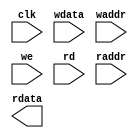
module fetch_ram_2p_128x64 ( 
    					clk     ,
    					wdata   ,
    					waddr   ,
    					we      ,
    					rd      ,
    					raddr   ,
    					rdata    
);
// *****************************************************
//                                                      
//    INPUT / OUTPUT DECLARATION                        
//                                                      
// *****************************************************
input               clk      ;  
input  [127:0]		wdata    ;  
input  [5:0]    	waddr    ;  
input   			we       ;  
input    			rd       ;  
input  [5:0]  		raddr    ;  
output [127:0]   	rdata    ; 

// *****************************************************
//                                                      
//    LOGIC   DECLARATION                        
//                                                      
// *****************************************************
`ifdef RTL_MODEL
rf_2p #(.Addr_Width(6), .Word_Width(128))	
	   rf_2p_128x64 (
				.clka    ( clk      ),  
				.cena_i  ( ~rd      ),
		        .addra_i ( raddr    ),
		        .dataa_o ( rdata    ),
				.clkb    ( clk      ),     
				.cenb_i  ( ~we      ),  
				.wenb_i  ( ~we      ),   
				.addrb_i ( waddr    ),
				.datab_i ( wdata    )
);
`endif 

`ifdef FPGA_MODEL
ram_2p_128x64 u_ram_2p_128x64(
	      .clock     ( clk_i  )       ,
	      .wraddress ( wraddr )       ,
	      .wren      ( wren   )       ,  //high active 
	      .data      ( wrdata )       ,
	      .rdaddress ( rdaddr )       ,
	      .rden      ( rden   )       ,  //high active 
	      .q         ( rddata )       
);
`endif 

`ifdef SMIC13_MODEL

`endif

endmodule